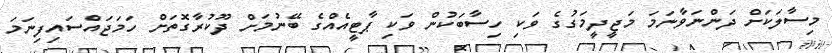
މިސާލަކަށް ދަންނަވާނަމަ މަޖީދީމަގުގެ ވަކި ހިސާބަކުން ވަކި ޕާޓީއެއްގެ ބޭނުމަށް ދޫކުރާގޮތަށް ހަމަޖައްސައިފިނަމަ